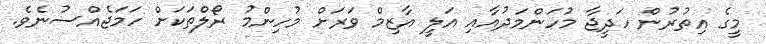
މީގެ އިތުރުން ހަދީޖާ މުހަންމަދުއާއި އަލީ އާޒިމް ވަރަށް މުހިންމު ރޯލްތަކަށް ހަމަޖެއްސުނެވެ.